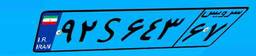
۹۲S۶۴۳۶۷